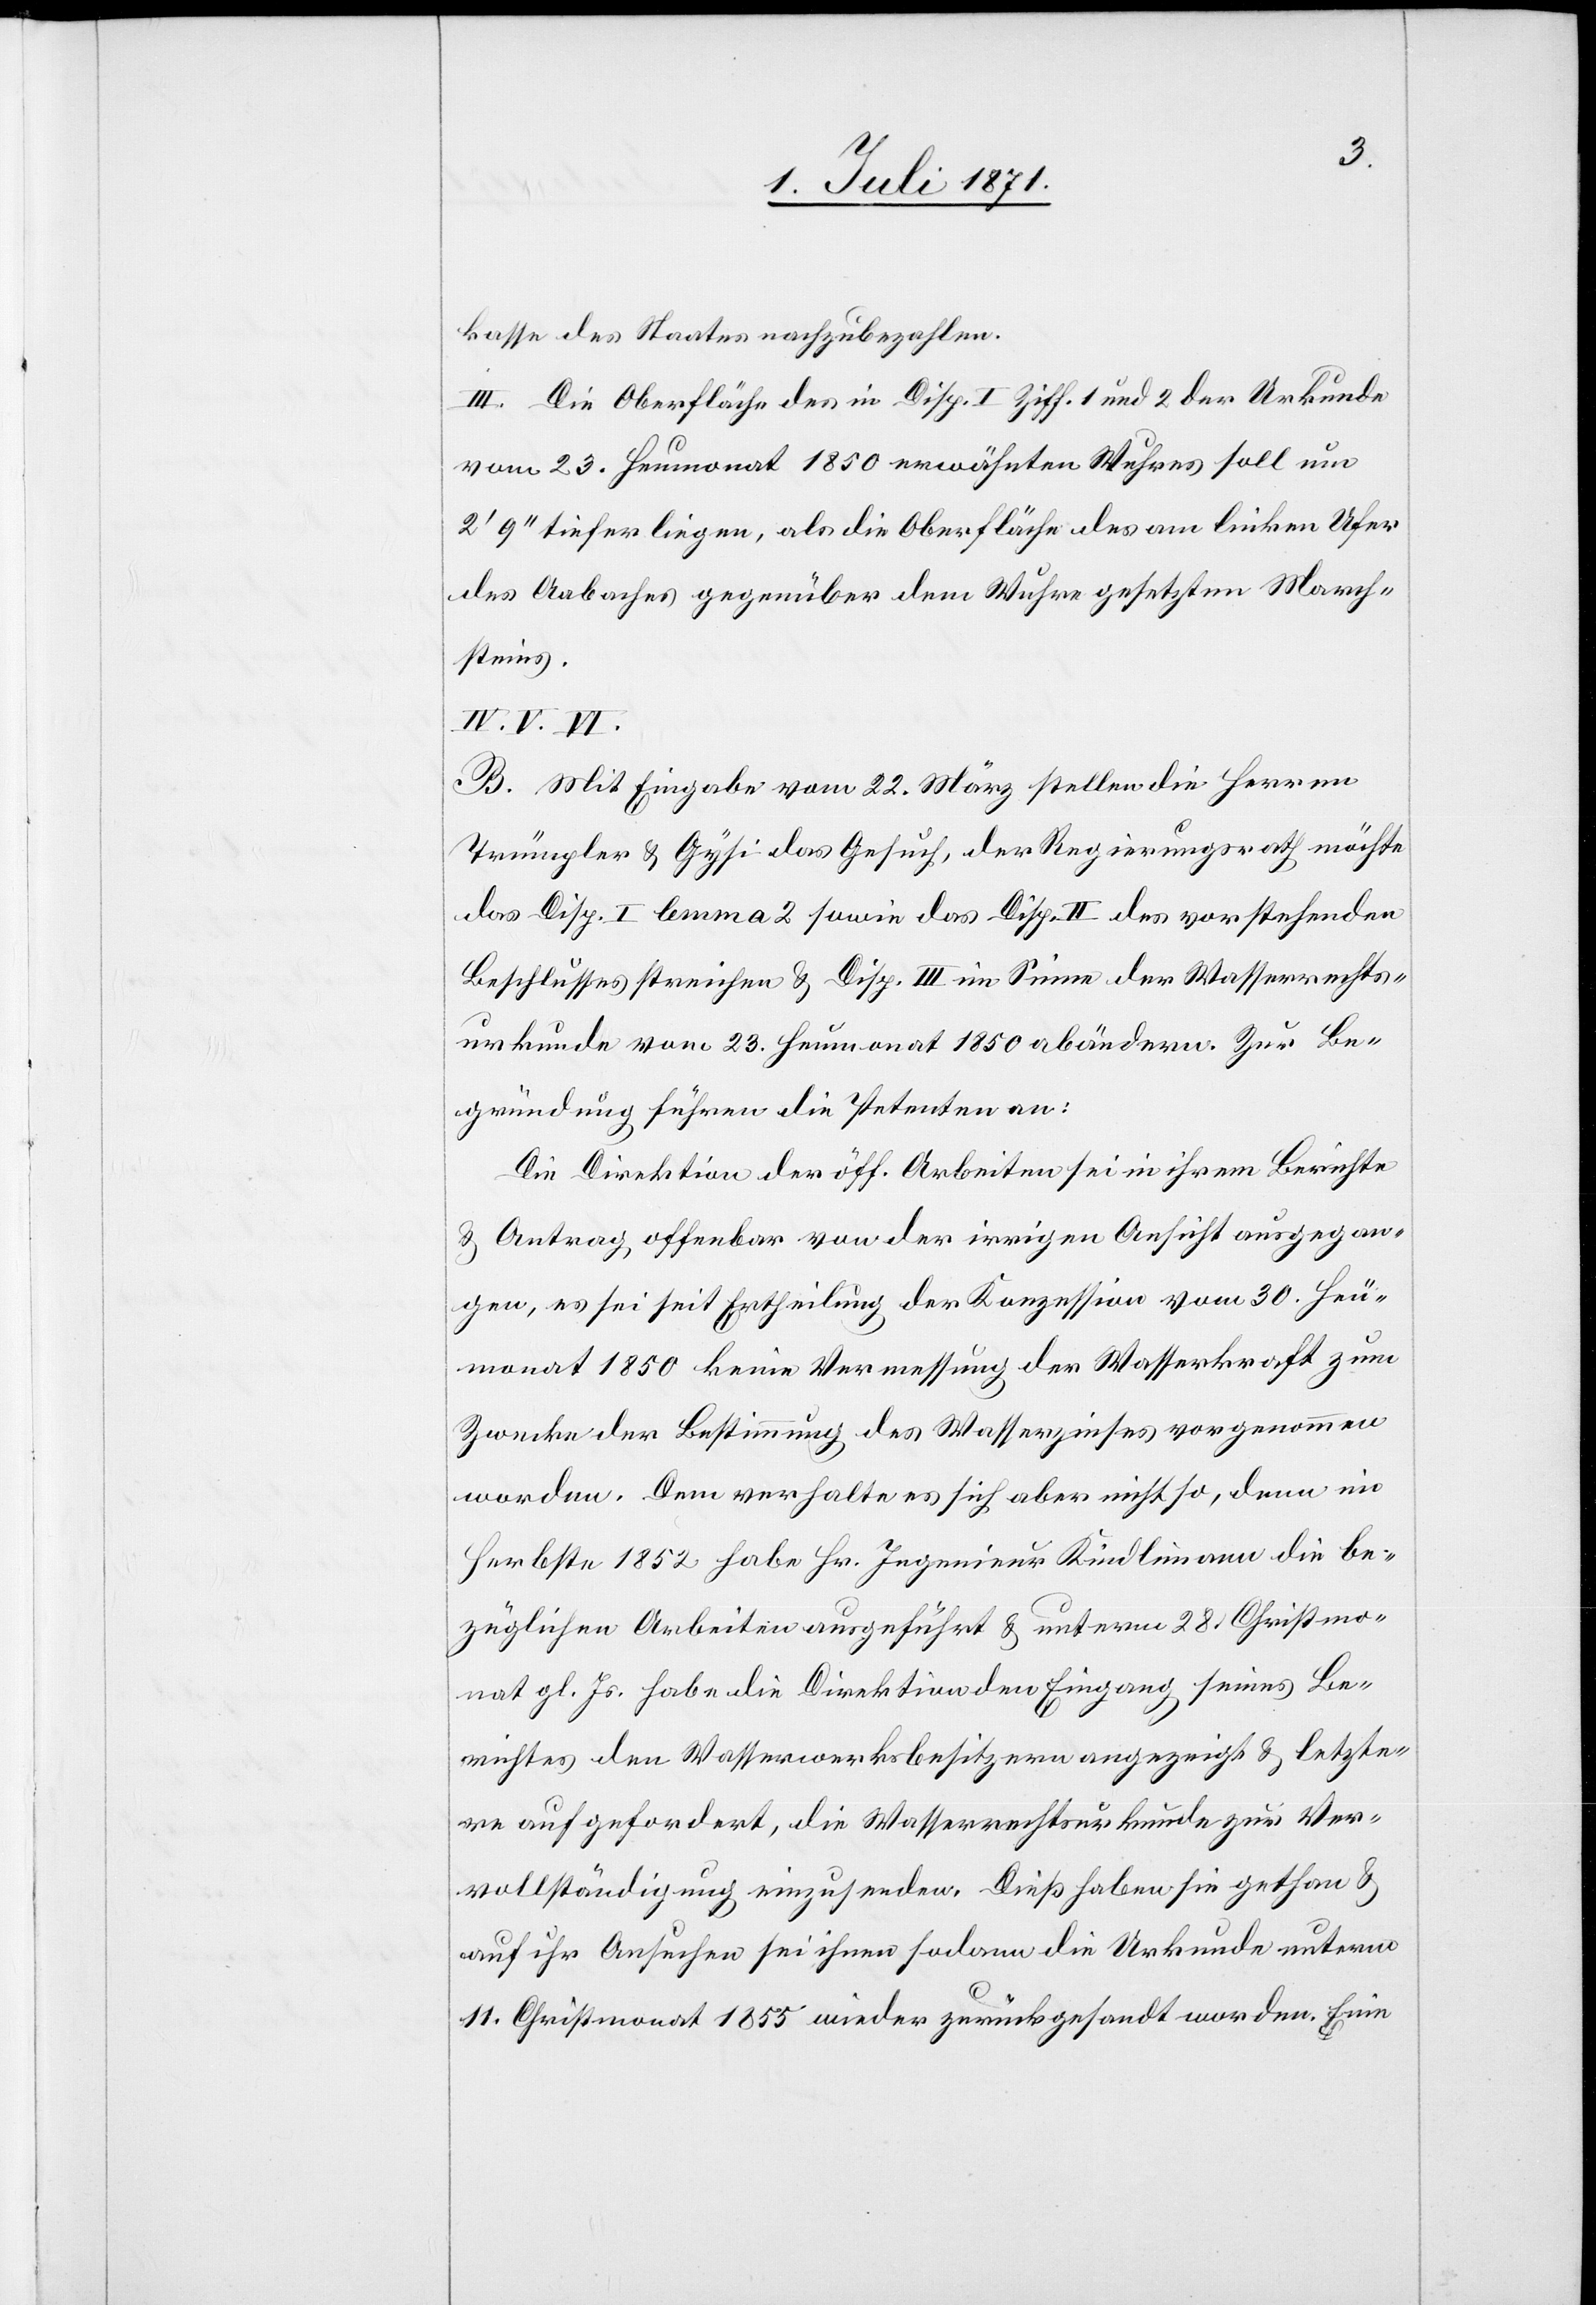
kasse des Staates nachzubezahlen.
III. Die Oberfläche des in Disp. I Ziff. 1 und 2 der Urkunde
vom 23. Heumonat 1850 erwähnten Wuhres soll um
2‘ 9“ tiefer liegen, als die Oberfläche des am linken Ufer
des Aabaches gegenüber dem Wuhre gesetzten March¬
steins.
IV. V. VI.
B. Mit Eingabe vom 22. März stellen die Herren
Trümpler u. Gysi das Gesuch, der Regierungsrath möchte
das Disp. I lemma 2 sowie das Disp. II des vorstehenden
Beschlusses streichen u. Disp. III im Sinne der Wasserrechts¬
urkunde vom 23. Heumonat 1850 abändern. Zur Be¬
gründung führen die Petenten an:
Die Direktion der öff. Arbeiten sei in ihrem Berichte
u. Antrag offenbar von der irrigen Ansicht ausgegan¬
gen, es sei seit Ertheilung der Konzession vom 30. Heu¬
monat 1850 keine Vermessung der Wasserkraft zum
Zwecke der Bestimmung des Wasserzinses vorgenommen
worden. Dem verhalte es sich aber nicht so, denn im
Herbste 1852 habe Hr. Ingenieur Kindlimann die be¬
züglichen Arbeiten ausgeführt u. unterm 28. Christmo¬
nat gl. Js. habe die Direktion den Eingang seines Be¬
richtes den Wasserwerksbesitzern angezeigt u. letzte¬
re aufgefordert, die Wasserrechtsurkunde zur Ver¬
vollständigung einzusenden. Dieß haben sie gethan u.
auf ihr Ansuchen sei ihnen sodann die Urkunde unterm
11. Christmonat 1855 wieder zurückgesandt worden. Eine